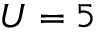
U = 5